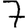
Digit: 7